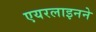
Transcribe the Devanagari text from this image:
एयरलाइनने